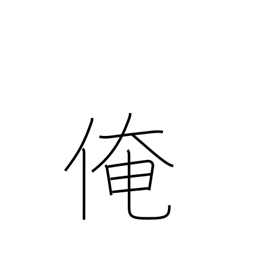
Meaning: myself